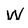
Character: W